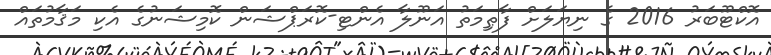
އޮކްޓޫބަރު 2016 ގެ ނިޔަލަށް ފާޠިމަތު އަނޫލާ އެންޓި-ކޮރަޕްޝަން ކޮމިޝަނުގެ އެކި މަޤާމުތައް